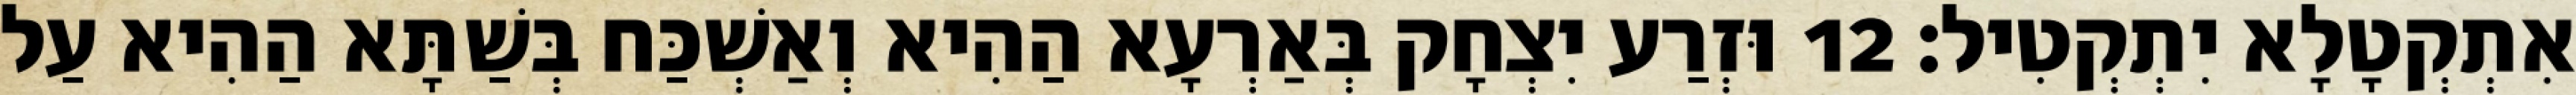
אִתְקְטָלָא יִתְקְטִיל׃ 12 וּזְרַע יִצְחָק בְּאַרְעָא הַהִיא וְאַשְׁכַּח בְּשַׁתָּא הַהִיא עַל